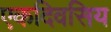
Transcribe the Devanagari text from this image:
एकदिवसिय